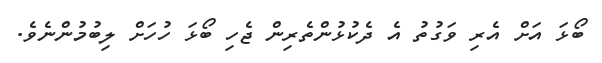
ބޯޅަ އަށް އެރި ވަގުތު އެ ދެކުޅުންތެރިން ޖެހި ބޯޅަ ހުހަށް ލިބުމުންނެވެ.